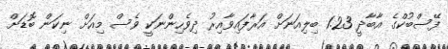
ފޭސްބުކްގެ އާބާދީ 1.23 ބިލިއަނަށް އަރާފައިވާއިރު ދިވެހިންނަކީ ވެސް މިއަށް ނިކަން ބޮޑަށް